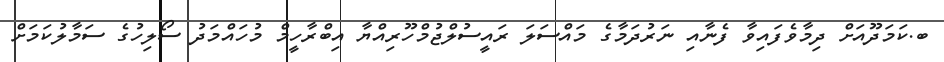
ބ.ކަމަދޫއަށް ދިމާވެފައިވާ ފެނާއި ނަރުދަމާގެ މައްސަލަ ރައީސުލްޖުމްހޫރިއްޔާ އިބްރާހީމް މުހައްމަދު ސޯލިހުގެ ސަމާލުކަމަށް